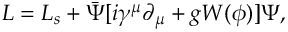
{ \cal L } = { \cal L } _ { s } + \bar { \Psi } [ i \gamma ^ { \mu } \partial _ { \mu } + g W ( \phi ) ] \Psi ,